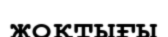
жоқтығы